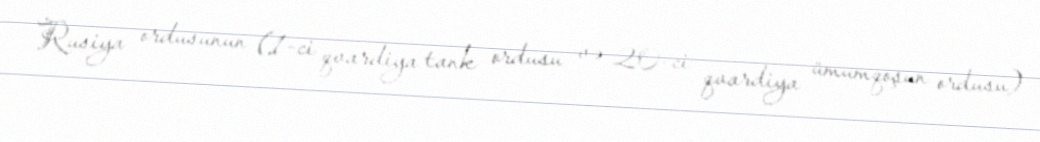
Rusiya ordusunun (1-ci qvardiya tank ordusu və 20-ci qvardiya ümumqoşun ordusu)